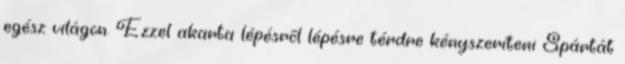
egész világon. Ezzel akarta lépésről lépésre térdre kényszeríteni Spártát